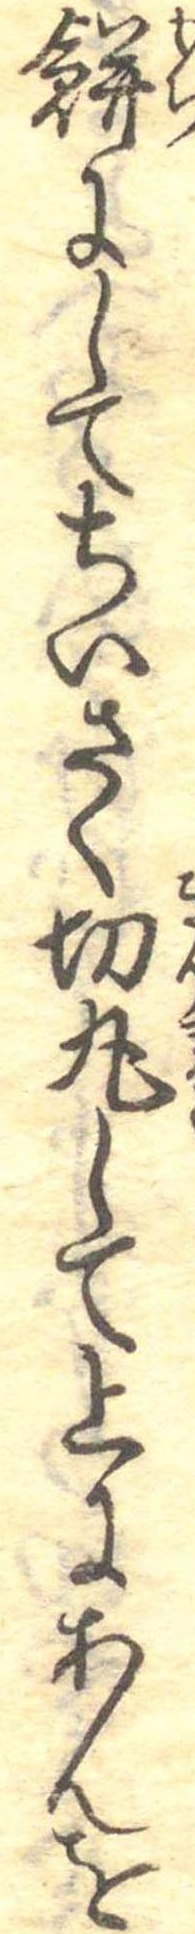
餅にしてちいさく切丸して上にあんを